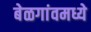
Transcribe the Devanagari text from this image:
बेळगांवमध्ये